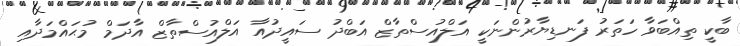
ބާކީ ތިއްބަވާ ހަތަރު ފަނޑިޔާރުންނަކީ އަލްއުސްތާޒް އަބްދު ސައީދުއާ އަލްއުސްތާޒް އާދަމް މުޙައްމަދާއި